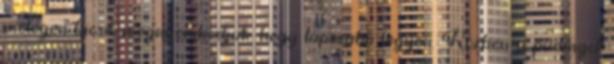
melegen kicsit megnyomkodjuk, hogy laposabb legyen. Közben a pudingot